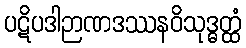
ပဋိပဒါဉာဏဒဿနဝိသုဒ္ဓတ္ထံ